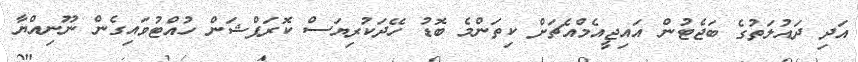
އަދި ދައުލަތުގެ ބަޖެޓުން އައިޖީއެމްއެޗަށް ކިތަންމެ ބޮޑު ހޭދަކުރިޔަސް ކޮރަޕްޝަން ހުއްޓުވައިގެން ނޫނިއްޔާ